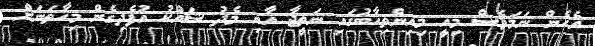
އެހެން ނަމަވެސް މިއީ މިއިންތިހާބުގައި ނަތީޖާ އާއި މެދު ޝައްކު އުފެދިގެން މިހާތަނަށް